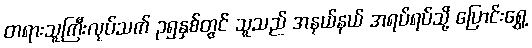
တရားသူကြီးလုပ်သက် ၃၅နှစ်တွင် သူသည် အနယ်နယ် အရပ်ရပ်သို့ ပြောင်းရွှေ့